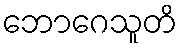
ဘောဂေသူတိ